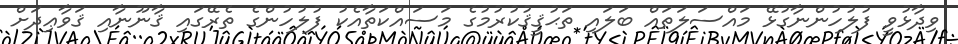
ވިދާޅުވީ ފުލުހުންނާގުޅޭ މައްސަލަތައް ބަލައި ތަޙުޤީޤުކުރުމުގެ މަސައްކަތާއެކު ފުލުހުންގެ ތެރޭގައި ޤާނޫނާއި ޤަވާޢިދަށް